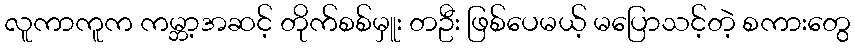
လူကာကူက ကမ္ဘာ့အဆင့် တိုက်စစ်မှူး တဦး ဖြစ်ပေမယ့် မပြောသင့်တဲ့ စကားတွေ